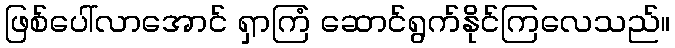
ဖြစ်ပေါ်လာအောင် ရှာကြံ ဆောင်ရွက်နိုင်ကြလေသည်။